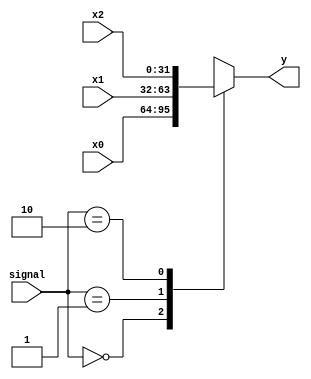
`timescale 1ns / 1ps
//////////////////////////////////////////////////////////////////////////////////
// Company: 
// Engineer: 
// 
// Design Name: 
// Module Name: MUX3_4
// Project Name: 
// Target Devices: 
// Tool Versions: 
// Description: 
// 
// Dependencies: 
// 
// Revision:
// Revision 0.01 - File Created
// Additional Comments:
// 
//////////////////////////////////////////////////////////////////////////////////


module MUX3_4(
    x0,x1,x2,signal,y
    );
    input [31:0] x0,x1,x2;
    input [1:0] signal;
    output [31:0] y;
    
    function [31:0] select;
        input [31:0] x0,x1,x2;
        input [1:0] signal;
        case(signal)
            0:select=x0;
            1:select=x1;
            2:select=x2;
        endcase
    endfunction
    assign y=select(x0,x1,x2,signal);
endmodule